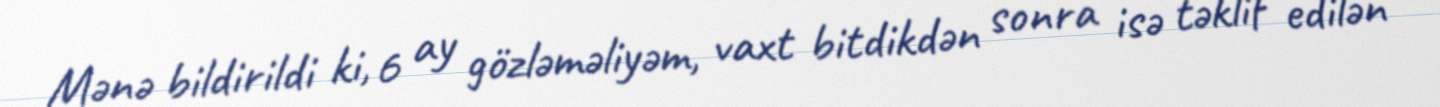
Mənə bildirildi ki, 6 ay gözləməliyəm, vaxt bitdikdən sonra isə təklif edilən